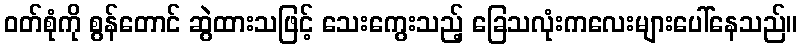
ဝတ်စုံကို စွန်တောင် ဆွဲထားသဖြင့် သေးကွေးသည့် ခြေသလုံးကလေးများပေါ်နေသည်။